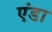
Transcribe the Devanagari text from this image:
एंडा